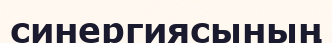
синергиясының